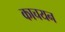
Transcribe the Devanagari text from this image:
काचयन